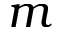
m